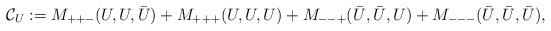
LaTeX: \begin{align*}\mathcal{C}_U := M_{++-}(U, U, \bar{U}) + M_{+++}(U,U,U) + M_{--+}(\bar{U}, \bar{U}, U) + M_{---}(\bar{U}, \bar{U}, \bar{U}) ,\end{align*}